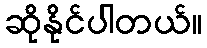
ဆိုနိုင်ပါတယ်။